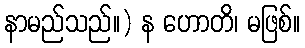
နာမည်သည်။) န ဟောတိ၊ မဖြစ်။